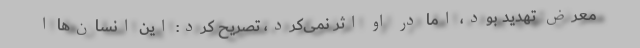
معرض تهدید بود، امّا در او اثر نمی‌کرد، تصریح کرد: این انسان‌ها ا